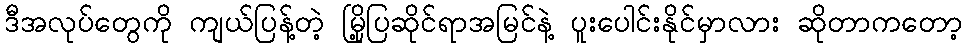
ဒီအလုပ်တွေကို ကျယ်ပြန့်တဲ့ မြို့ပြဆိုင်ရာအမြင်နဲ့ ပူးပေါင်းနိုင်မှာလား ဆိုတာကတော့